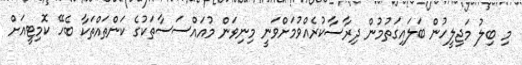
މި ބިލު މަޖިލީހުން ބަލައިގަތުމުން ދިރާސާކުރެއްވުމަށްވަނީ މިނިވަން މުއައްސަސާތަކުގެ ކަންތައްތަކާ ބެހޭ ކޮމިޓީއަށް